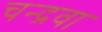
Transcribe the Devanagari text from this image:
चन्द्रवा